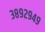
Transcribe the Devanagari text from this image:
३८९२९४९